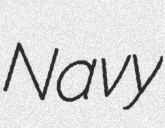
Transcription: Navy